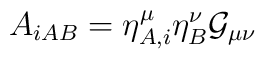
A_{iAB}=\eta^{\mu}_{A,i}\eta^{\nu}_{B} {\cal G}_{\mu\nu}